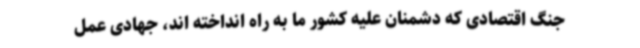
جنگ اقتصادی که دشمنان علیه کشور ما به راه انداخته اند، جهادی عمل